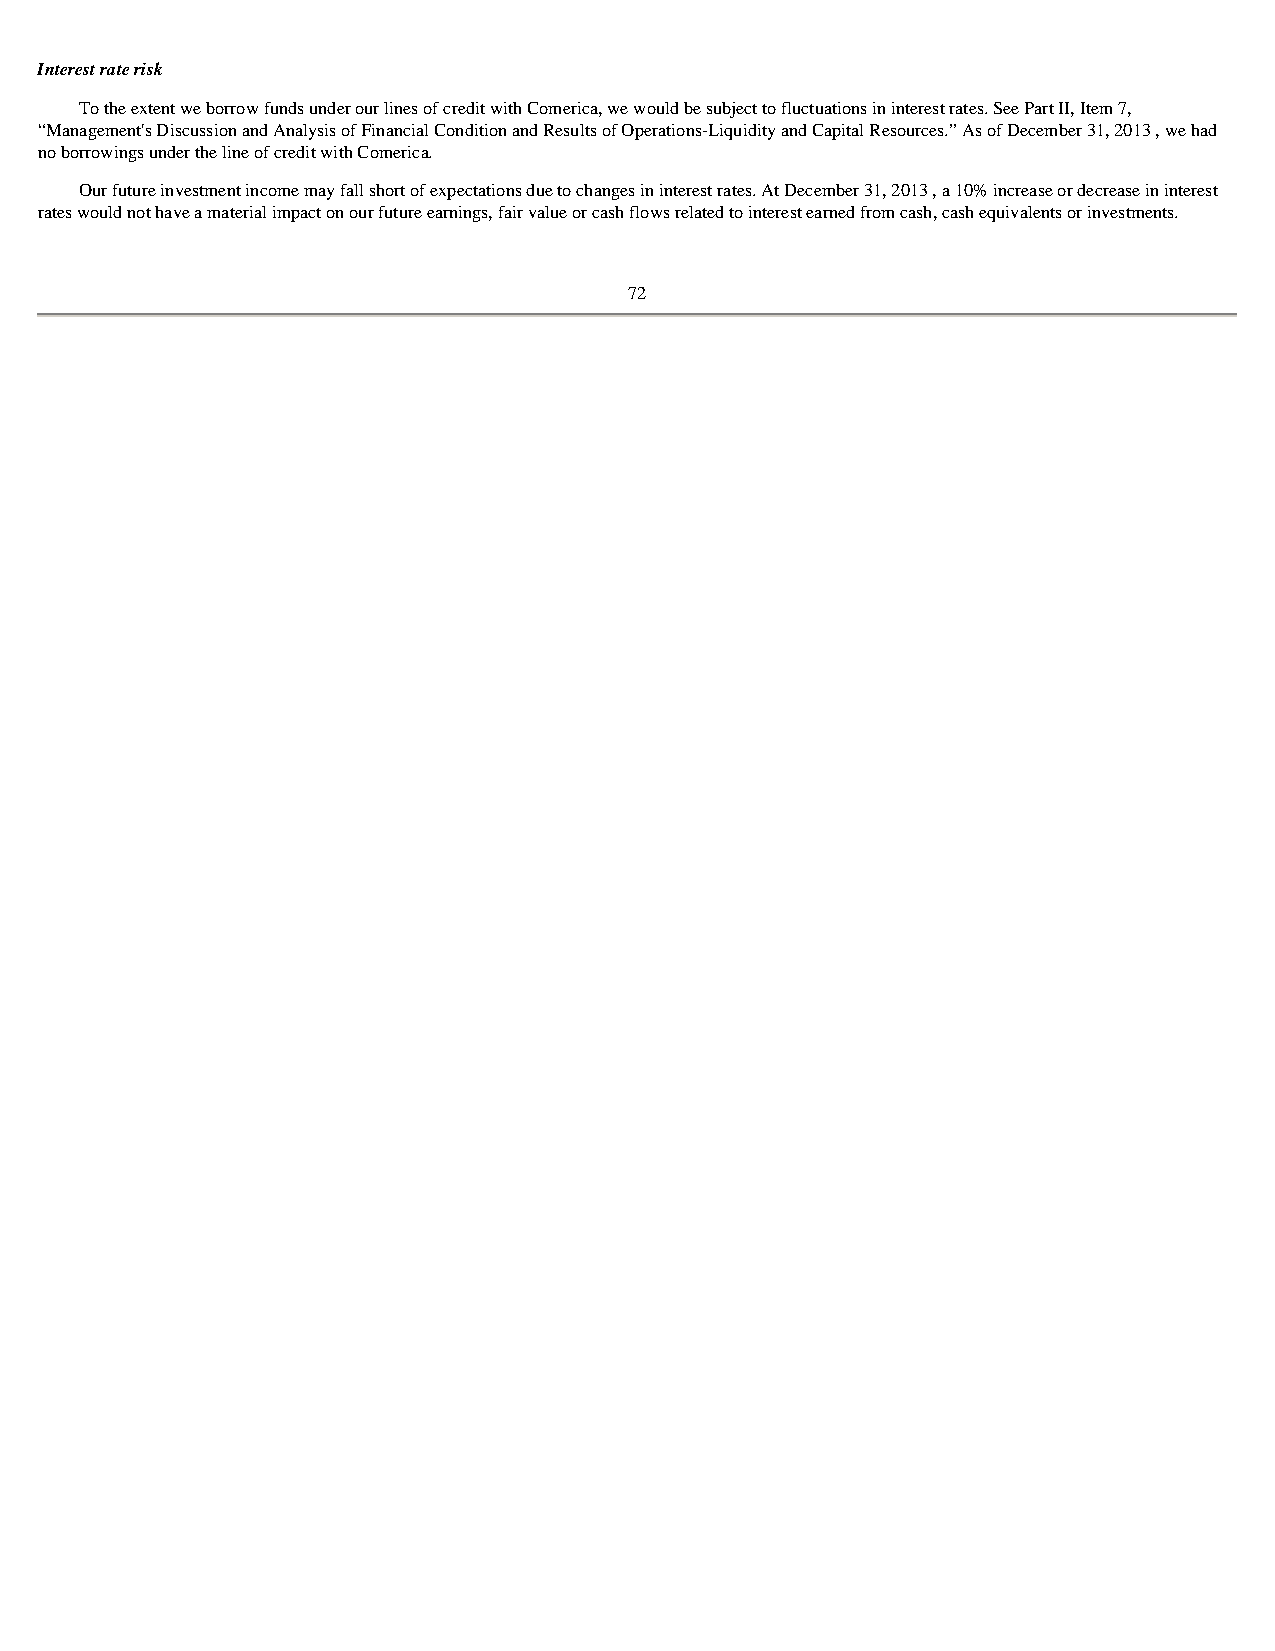
Interest rate risk
 To the extent we borrow funds under our lines of credit with Comerica, we would be subject to fluctuations in interest rates. See Part II, Item 7,
 “Management's Discussion and Analysis of Financial Condition and Results of Operations-Liquidity and Capital Resources.” As of December 31, 2013 , we had
 no borrowings under the line of credit with Comerica.
 Our future investment income may fall short of expectations due to changes in interest rates. At December 31, 2013 , a 10% increase or decrease in interest
 rates would not have a material impact on our future earnings, fair value or cash flows related to interest earned from cash, cash equivalents or investments.
 72